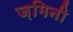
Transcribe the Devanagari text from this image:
ज़मिनी